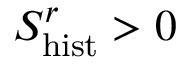
S _ { \mathrm { h i s t } } ^ { r } > 0